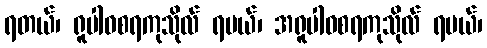
ရတယ်၊ ရူပါဝစရကုသိုလ် ရမယ်၊ အရူပါဝစရကုသိုလ် ရမယ်၊